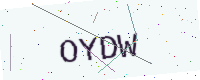
Text: OYDW